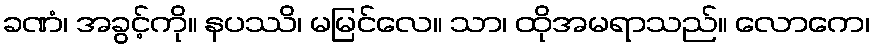
ခဏံ၊ အခွင့်ကို။ နပဿိ၊ မမြင်လေ။ သာ၊ ထိုအမရာသည်။ လောကေ၊